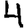
Digit: 4